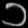
Digit: ၁